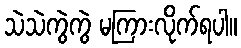
သဲသဲကွဲကွဲ မကြားလိုက်ရပါ။